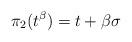
LaTeX: \begin{align*} \pi_2( t^\beta)= t+ \beta\sigma\end{align*}